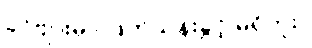
ခင်ဗျားမှာ ဖြတ်သန်းခွင့် မရှိဘူး။